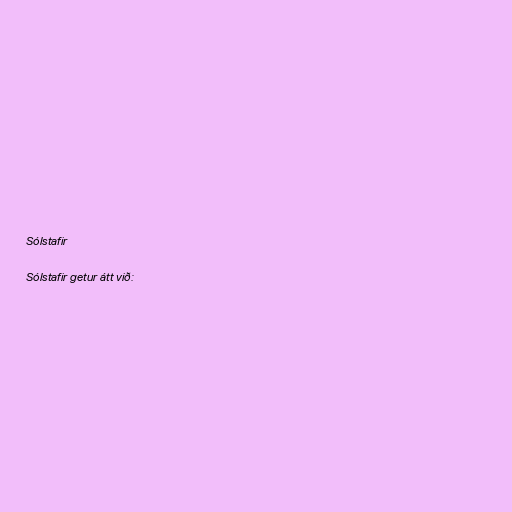
Sólstafir

Sólstafir getur átt við: